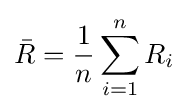
{\bar {R}}={\frac {1}{n}}\sum _{i=1}^{n}R_{i}